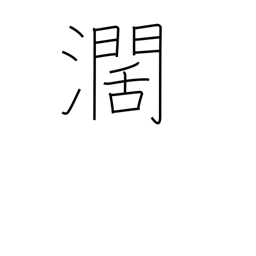
Meaning: wide